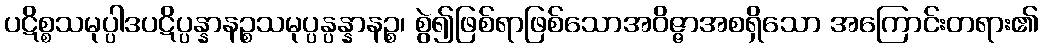
ပဋိစ္စသမုပ္ပါဒပဋိပ္ပန္နာနဉ္စသမုပ္ပန္ပန္နာနဉ္စ၊ စွဲ၍ဖြစ်ရာဖြစ်သောအဝိဇ္ဇာအစရှိသော အကြောင်းတရား၏